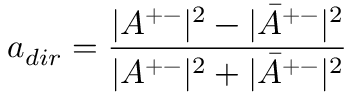
a _ { d i r } = \frac { | A ^ { + - } | ^ { 2 } - | \bar { A } ^ { + - } | ^ { 2 } } { | A ^ { + - } | ^ { 2 } + | \bar { A } ^ { + - } | ^ { 2 } }